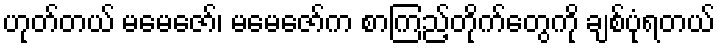
ဟုတ်တယ် မမေဇော်၊ မမေဇော်က စာကြည့်တိုက်တွေကို ချစ်ပုံရတယ်